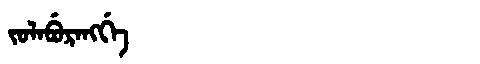
Manchu: ᠵᠣᠯᠠᠪᡠᡵᠠᠩᡤᡝ
Romanization: JOLABURANGGE